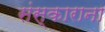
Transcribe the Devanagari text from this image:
संस्काराना